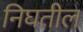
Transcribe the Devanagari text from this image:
निघतील